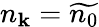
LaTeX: n_{\mathbf{k}}=\widetilde{{n_{0}}}